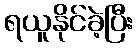
ရယူနိုင်ခဲ့ပြီး